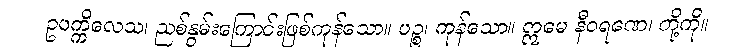
ဥပက္ကိလေသ၊ ညစ်နွမ်းကြောင်းဖြစ်ကုန်သော။ ပဉ္စ၊ ကုန်သော။ ဣမေ နီဝရဏေ၊ တို့ကို။